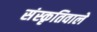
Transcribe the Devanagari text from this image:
संस्कृतिवाले